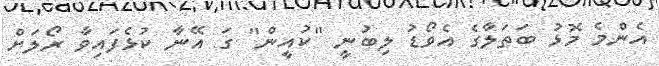
އެންމެ މޮޅު ބަތަލާގެ އެވޯޑު ލިބުނީ ''ކުއީން'' ގަ އޭނާ ކުޅެފައިވާ ރޯލަށް